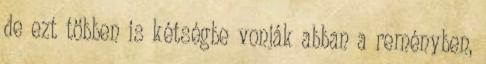
de ezt többen is kétségbe vonják abban a reményben,